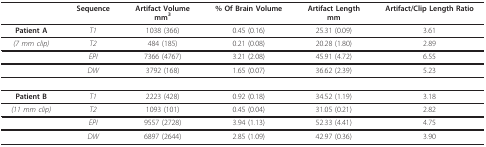
<table><thead><tr><td></td><td><b>Sequence</b></td><td><b>Artifact Volumemm<sup>3</sup></b></td><td><b>% Of Brain Volume</b></td><td><b>Artifact Lengthmm</b></td><td><b>Artifact/Clip Length Ratio</b></td></tr></thead><tbody><tr><td><b>Patient A</b></td><td><i>T1</i></td><td>1038 (366)</td><td>0.45 (0.16)</td><td>25.31 (0.09)</td><td>3.61</td></tr><tr><td><i>(7 mm clip)</i></td><td><i>T2</i></td><td>484 (185)</td><td>0.21 (0.08)</td><td>20.28 (1.80)</td><td>2.89</td></tr><tr><td></td><td><i>EPI</i></td><td>7366 (4767)</td><td>3.21 (2.08)</td><td>45.91 (4.72)</td><td>6.55</td></tr><tr><td></td><td><i>DW</i></td><td>3792 (168)</td><td>1.65 (0.07)</td><td>36.62 (2.39)</td><td>5.23</td></tr><tr><td><b>Patient B</b></td><td><i>T1</i></td><td>2223 (428)</td><td>0.92 (0.18)</td><td>34.52 (1.19)</td><td>3.18</td></tr><tr><td><i>(11 mm clip)</i></td><td><i>T2</i></td><td>1093 (101)</td><td>0.45 (0.04)</td><td>31.05 (0.21)</td><td>2.82</td></tr><tr><td></td><td><i>EPI</i></td><td>9557 (2728)</td><td>3.94 (1.13)</td><td>52.33 (4.41)</td><td>4.75</td></tr><tr><td></td><td><i>DW</i></td><td>6897 (2644)</td><td>2.85 (1.09)</td><td>42.97 (0.36)</td><td>3.90</td></tr></tbody></table>